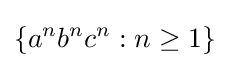
\{a^{n}b^{n}c^{n}:n\geq 1\}